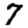
Digit: 7